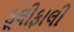
ફૂલીફાલી